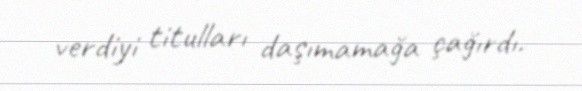
verdiyi titulları daşımamağa çağırdı.